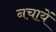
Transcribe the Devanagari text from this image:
नचायें